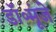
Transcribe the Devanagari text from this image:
डॉ॰मूंजे